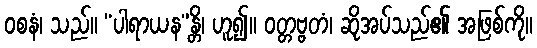
ဝစနံ၊ သည်။ “ပါရာယန”န္တိ၊ ဟူ၍။ ဝတ္တဗ္ဗတံ၊ ဆိုအပ်သည်၏ အဖြစ်ကို။